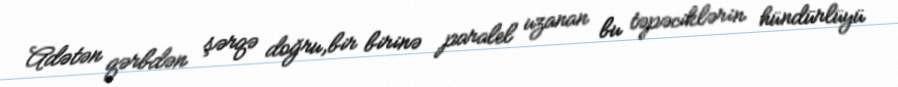
Adətən qərbdən şərqə doğru,bir birinə paralel uzanan bu təpəciklərin hündürlüyü